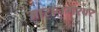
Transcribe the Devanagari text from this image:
आरानगरवर